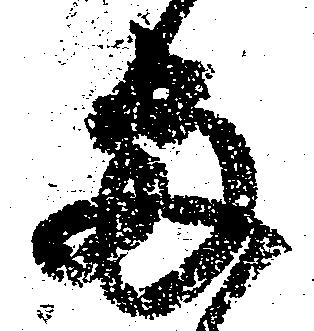
両